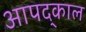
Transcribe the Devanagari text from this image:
आपद्काल